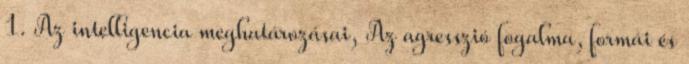
1. Az intelligencia meghatározásai, Az agresszió fogalma, formái és